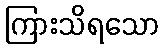
ကြားသိရသော